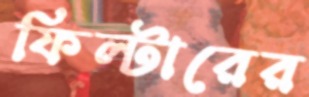
ফিল্টারের